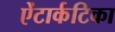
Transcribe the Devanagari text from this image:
ऐंटार्कटिका